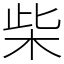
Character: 柴